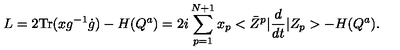
L = 2 \mathrm { T r } ( x g ^ { - 1 } \dot { g } ) - H ( Q ^ { a } ) = 2 i \sum _ { p = 1 } ^ { N + 1 } x _ { p } < \bar { Z } ^ { p } \vert \frac { d } { d t } \vert Z _ { p } > - H ( Q ^ { a } ) .